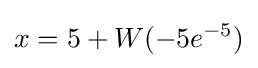
x=5+W(-5e^{-5})